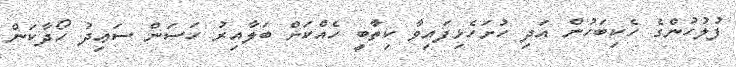
ފުލުހުންގެ ހެކިބަހުން އަދި ހުށަހެޅިފައިވާ ކިތާބީ ހެއްކަށް ބަލާއިރު ހަސަން ސަޢިދު ހޯދާކަން